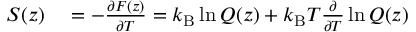
\begin{array} { r l } { S ( z ) } & { { } = - \frac { \partial F ( z ) } { \partial T } = k _ { \mathrm { B } } \ln Q ( z ) + k _ { \mathrm { B } } T \frac { \partial } { \partial T } \ln Q ( z ) } \end{array}